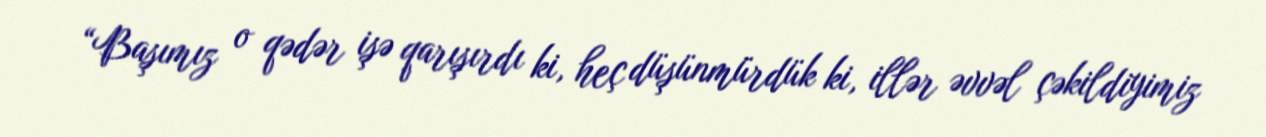
“Başımız o qədər işə qarışırdı ki, heç düşünmürdük ki, illər əvvəl çəkildiyimiz